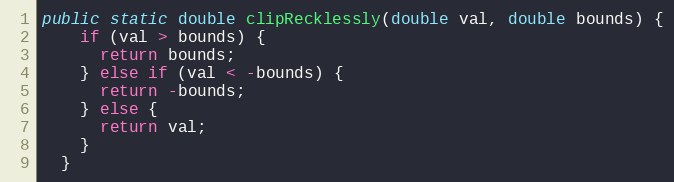
Language: Java
public static double clipRecklessly(double val, double bounds) {
    if (val > bounds) {
      return bounds;
    } else if (val < -bounds) {
      return -bounds;
    } else {
      return val;
    }
  }